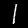
Digit: 1